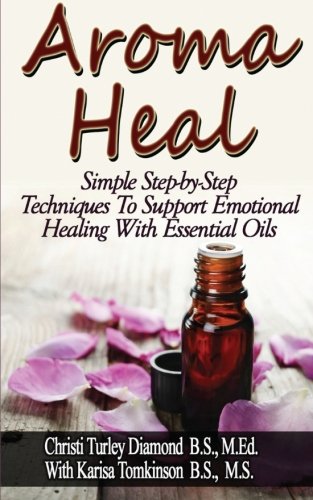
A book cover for Aroma Heal: Simple Step-By-Step Techniques To Support Emotional Healing With Essential Oils; Christi Turley Diamond; Self-Help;